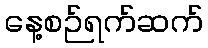
နေ့စဉ်ရက်ဆက်